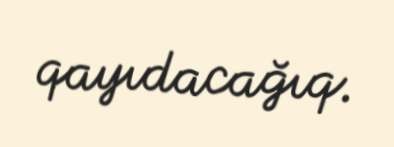
qayıdacağıq.